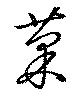
菓